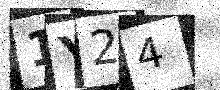
Text: 1Y24